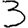
Digit: 3